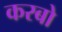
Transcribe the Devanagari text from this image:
करबो